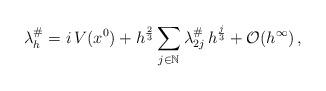
LaTeX: \begin{align*} \lambda_h ^\#= i \, V(x^0) + h^{\frac 23} \sum_{j\in \mathbb N} \lambda_{2j}^\#\, h^{\frac j 3} + \mathcal O (h^\infty)\,,\end{align*}